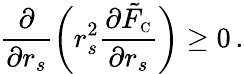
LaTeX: \frac{\partial}{\partial r_{s}}\bigg(r_{s}^{2}\frac{\partial\tilde{F}_{\scriptscriptstyle\mathrm{C}}}{\partial r_{s}}\bigg)\geq 0\, .